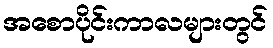
အစောပိုင်းကာလများတွင်